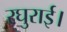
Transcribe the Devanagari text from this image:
रघुराई।